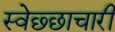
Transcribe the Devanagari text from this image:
स्वेछ्छाचारी